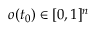
o ( t _ { 0 } ) \in [ 0 , 1 ] ^ { n }